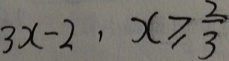
3 x - 2 , x \geq \frac { 2 } { 3 }